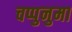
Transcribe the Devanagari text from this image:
चप्पुनुमा